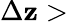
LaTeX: \Delta\mathbf{z}>